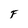
Character: F